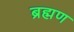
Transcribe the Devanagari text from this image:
ब्रह्मण